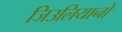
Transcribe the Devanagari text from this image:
जिउलियानो